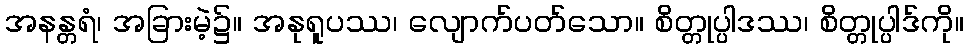
အနန္တရံ၊ အခြားမဲ့၌။ အနုရူပဿ၊ လျောက်ပတ်သော။ စိတ္တုပ္ပါဒဿ၊ စိတ္တုပ္ပါဒ်ကို။